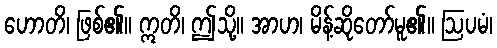
ဟောတိ၊ ဖြစ်၏။ ဣတိ၊ ဤသို့။ အာဟ၊ မိန့်ဆိုတော်မူ၏။ ဩပမံ၊